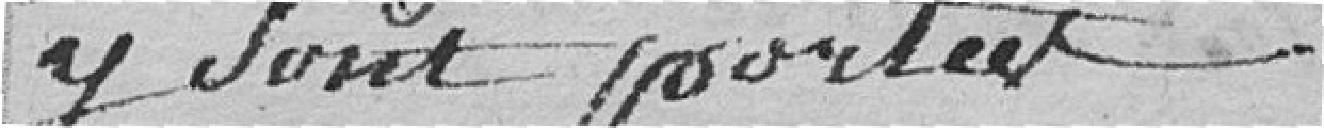
y sont portées